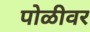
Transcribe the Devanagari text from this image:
पोळीवर